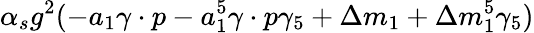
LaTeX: \alpha_{s}g^{2}(-a_{1}\gamma\cdot p-a_{1}^{5}\gamma\cdot p\gamma_{5}+\Delta m_{1}+\Delta m_{1}^{5}\gamma_{5})